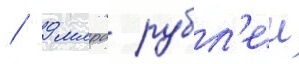
/ 9 млрд рубл'еи